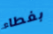
بغطاء